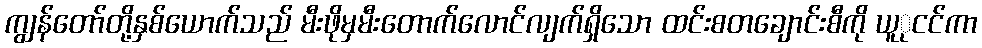
ကျွန်တော်တို့နှစ်ယောက်သည် မီးဖိုမှမီးတောက်လောင်လျက်ရှိသော ထင်းစတချောင်းစီကို ယူုငင်ကာ